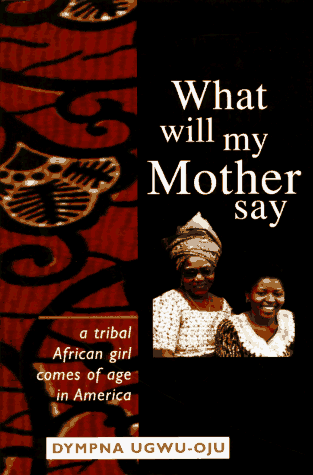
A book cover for What Will My Mother Say; Dympna Ugwu-Oju; History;